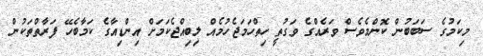
މިކަމުގެ ސަބަބުން ކޮންމެވެސް ވަރެއްގެ ވަގުތީ ހިތްހަމަޖެހުމެއް ލިބިއްޖެކަމަށް އިންޑިއާގެ ކަމާބެހޭ ފަރާތްތަކުން